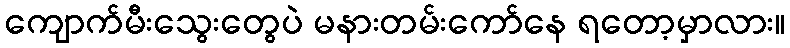
ကျောက်မီးသွေးတွေပဲ မနားတမ်းကော်နေ ရတော့မှာလား။